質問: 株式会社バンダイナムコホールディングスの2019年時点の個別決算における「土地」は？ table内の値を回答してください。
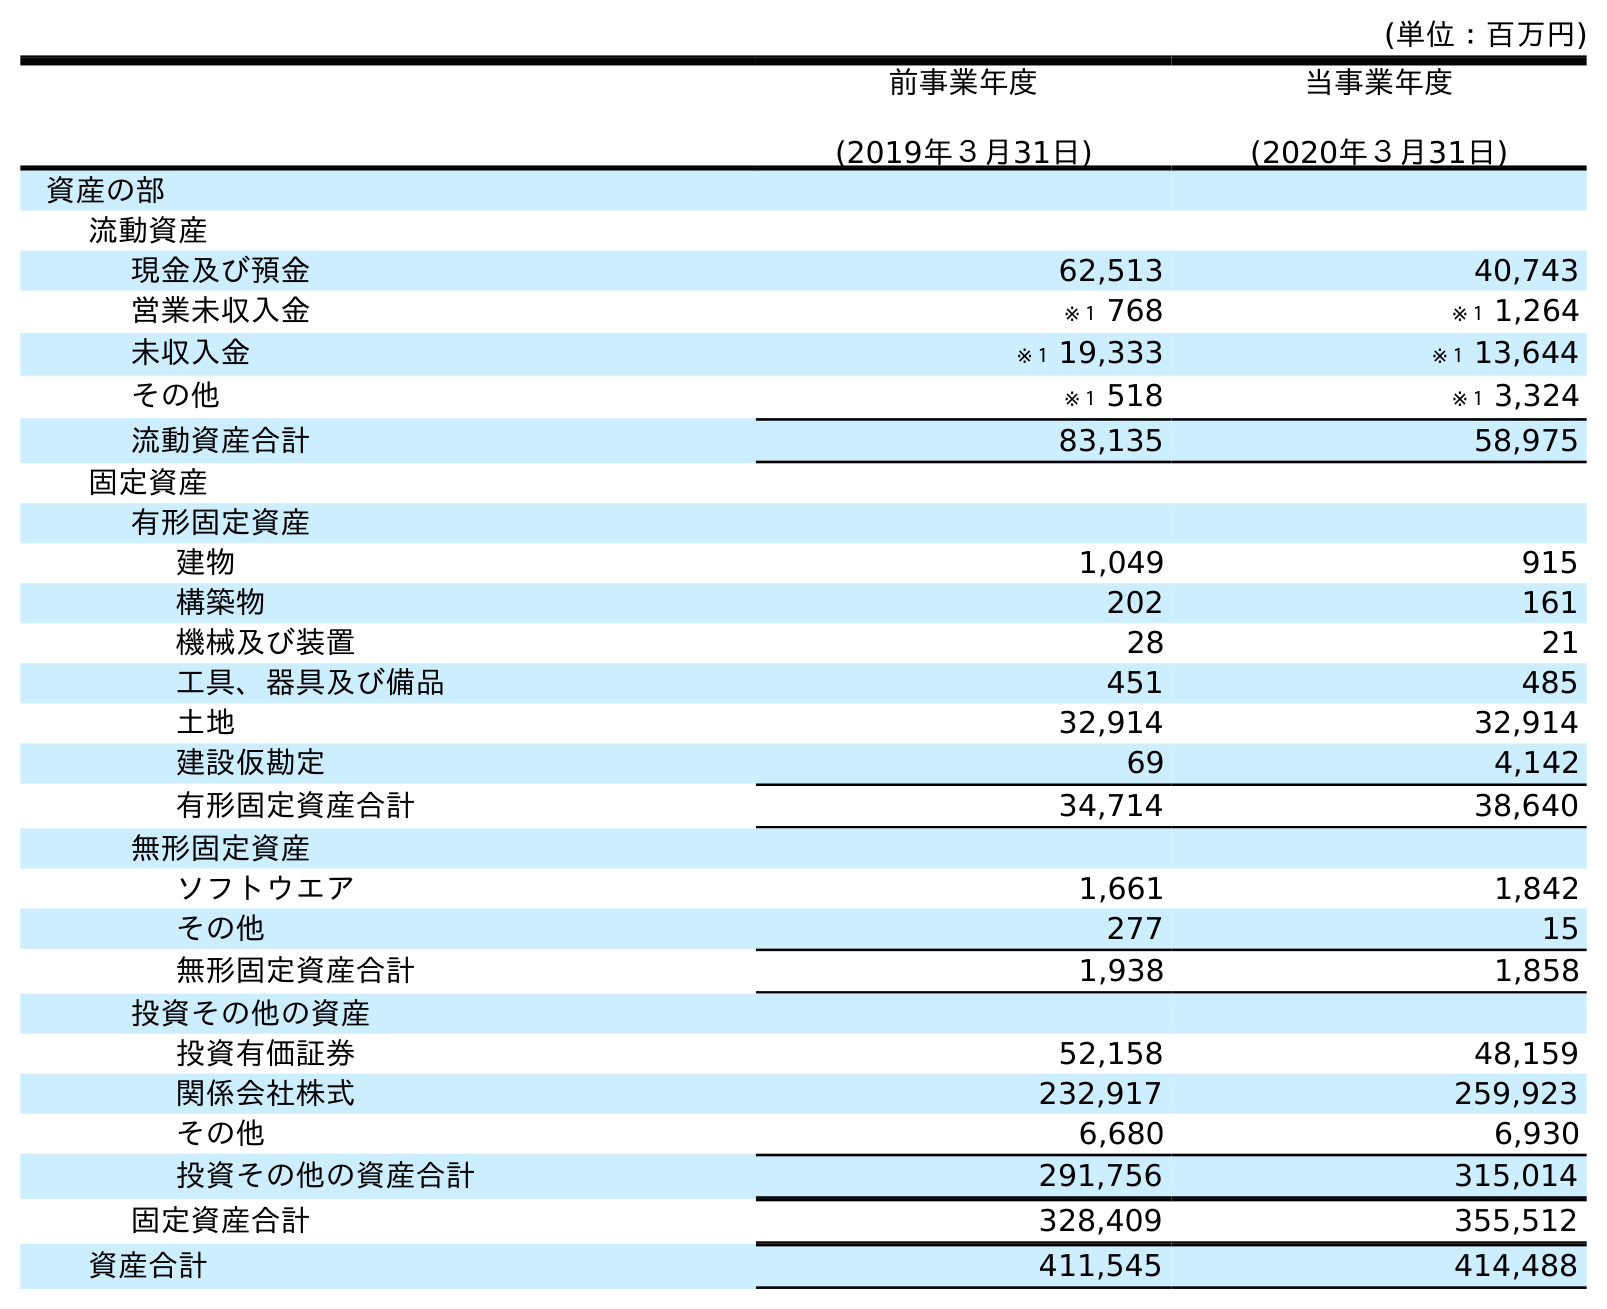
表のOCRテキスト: (単位：百万円) 前事業年度 (2019年３月31日) 当事業年度 (2020年３月31日) 資産の部 流動資産 現金及び預金 62,513 40,743 営業未収入金 ※１ 768 ※１ 1,264 未収入金 ※１ 19,333 ※１ 13,644 その他 ※１ 518 ※１ 3,324 流動資産合計 83,135 58,975 固定資産 有形固定資産 建物 1,049 915 構築物 202 161 機械及び装置 28 21 工具、器具及び備品 451 485 土地 32,914 32,914 建設仮勘定 69 4,142 有形固定資産合計 34,714 38,640 無形固定資産 ソフトウエア 1,661 1,842 その他 277 15 無形固定資産合計 1,938 1,858 投資その他の資産 投資有価証券 52,158 48,159 関係会社株式 232,917 259,923 その他 6,680 6,930 投資その他の資産合計 291,756 315,014 固定資産合計 328,409 355,512 資産合計 411,545 414,488
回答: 32,914